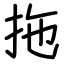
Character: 拖